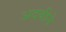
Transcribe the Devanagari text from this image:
अदबीने